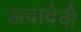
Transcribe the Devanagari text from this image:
ऊदादेवी